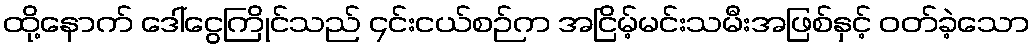
ထို့နောက် ဒေါ်ငွေကြိုင်သည် ၄င်းငယ်စဉ်က အငြိမ့်မင်းသမီးအဖြစ်နှင့် ဝတ်ခဲ့သော